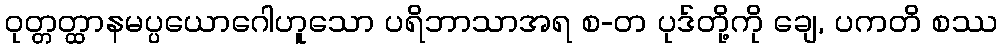
ဝုတ္တတ္ထာနမပ္ပယောဂေါဟူသော ပရိဘာသာအရ စ-တ ပုဒ်တို့ကို ချေ, ပကတိ စဿ